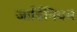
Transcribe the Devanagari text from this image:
जार्डिनियम